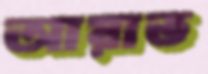
আয়াত